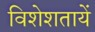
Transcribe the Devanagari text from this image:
विशेशतायें